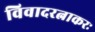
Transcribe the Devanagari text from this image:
विवादरत्नाकरः